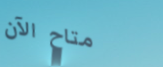
متاح الآن